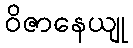
ဝိဇာနေယျု